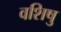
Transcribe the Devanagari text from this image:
वशिषु